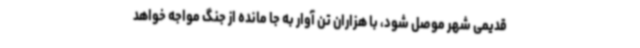
قدیمی شهر موصل شود، با هزاران تن آوار به جا مانده از جنگ مواجه خواهد